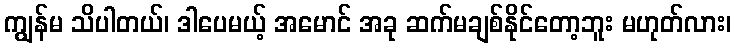
ကျွန်မ သိပါတယ်၊ ဒါပေမယ့် အမောင် အခု ဆက်မချစ်နိုင်တော့ဘူး မဟုတ်လား၊